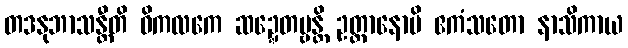
တဒနုဘာသန္တီတိ ဝိကလကေ ဆဍ္ဍေတဗ္ဗန္တိ ဥတ္တာနောပိ ဧကံသတော နာသိကာယ